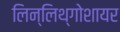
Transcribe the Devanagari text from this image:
लिन्लिथ्गोशायर